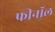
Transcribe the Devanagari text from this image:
फीनॉल